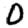
Digit: 0